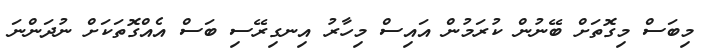
މިބަސް މިގޮތަށް ބޭނުން ކުރަމުން އައިސް މިހާރު އިނގިރޭސި ބަސް އެއްގޮތަކަށް ނުދަންނަ